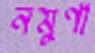
নমুণা